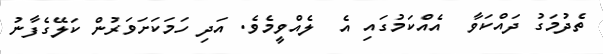
ތެދުމަގު ދައްކަވާ  އެއްކަމުގައި އެ  ލެއްވީމެވެ. އަދި ހަމަކަށަވަރުން ކަލޭގެފާނު